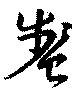
盞